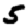
Digit: 5